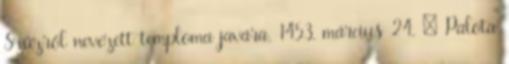
Szűzről nevezett temploma javára. 1453. március 24. – Palota